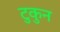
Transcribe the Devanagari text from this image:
टुकुन